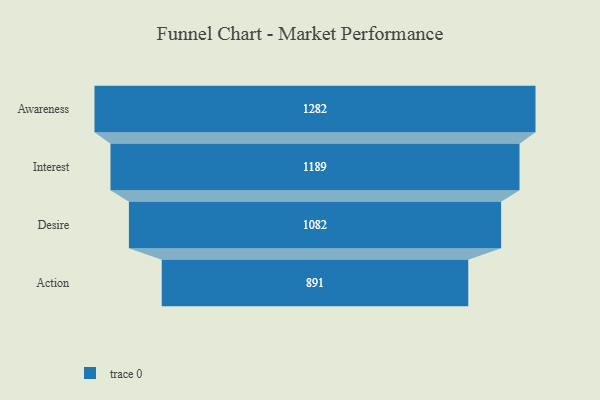
{"axis": {"x": "Stage", "y": "Value"}, "legend": [""], "data": [{"x": "Awareness", "y": 1282.0, "type": ""}, {"x": "Interest", "y": 1189.0, "type": ""}, {"x": "Desire", "y": 1082.0, "type": ""}, {"x": "Action", "y": 891.0, "type": ""}]}